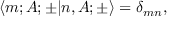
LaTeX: \langle m ; A ; \pm | n , A ; \pm \rangle = \delta _ { m n } ,